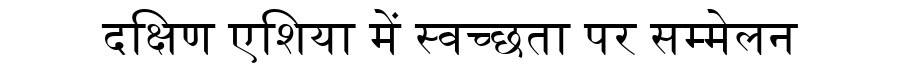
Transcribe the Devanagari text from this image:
दक्षिण एशिया में स्वच्छता पर सम्मेलन